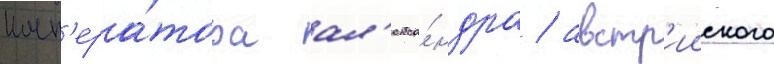
имп'ера́тора ал'екса́ндра / австр'ииского